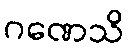
ဂဏေသိ